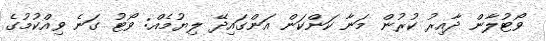
ވޯޓުލާން ދާއިރު ކުރުން މަނާ ކަންކަން އަންގައިދޭ ލިޔުމެއް: ވޯޓު ގަނެ ވިއްކުމުގެ